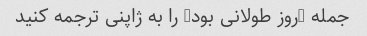
جمله "روز طولانی بود" را به ژاپنی ترجمه کنید